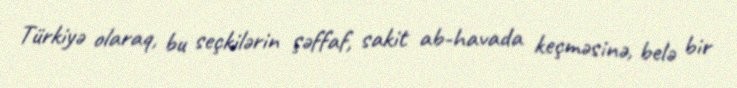
Türkiyə olaraq, bu seçkilərin şəffaf, sakit ab-havada keçməsinə, belə bir